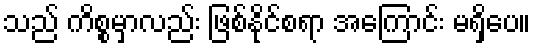
သည် ကိစ္စမှာလည်း ဖြစ်နိုင်စရာ အကြောင်း မရှိပေ။